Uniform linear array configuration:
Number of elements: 64
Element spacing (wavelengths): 0.75
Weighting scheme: uniform
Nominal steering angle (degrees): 15
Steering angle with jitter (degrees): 15.92
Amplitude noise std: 0.05
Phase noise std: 0.05

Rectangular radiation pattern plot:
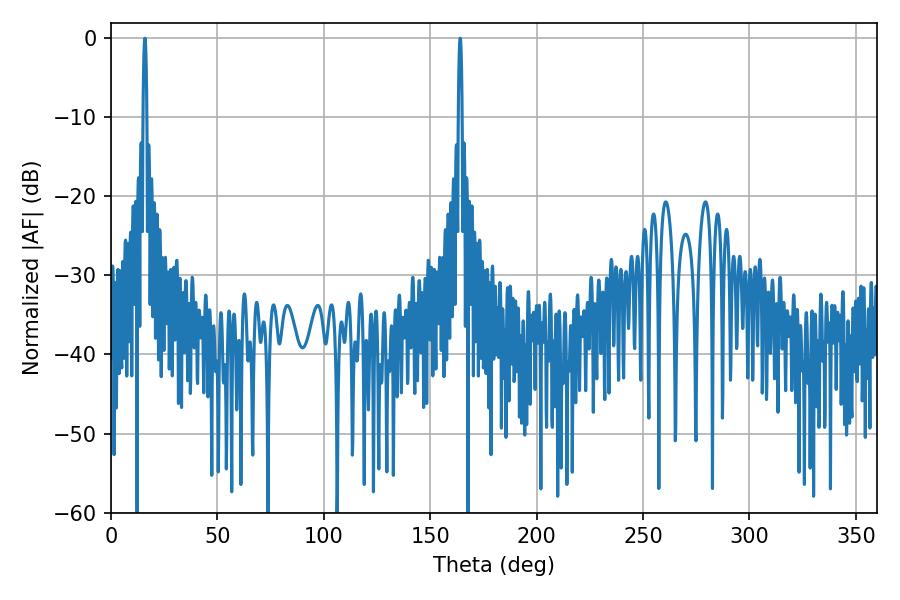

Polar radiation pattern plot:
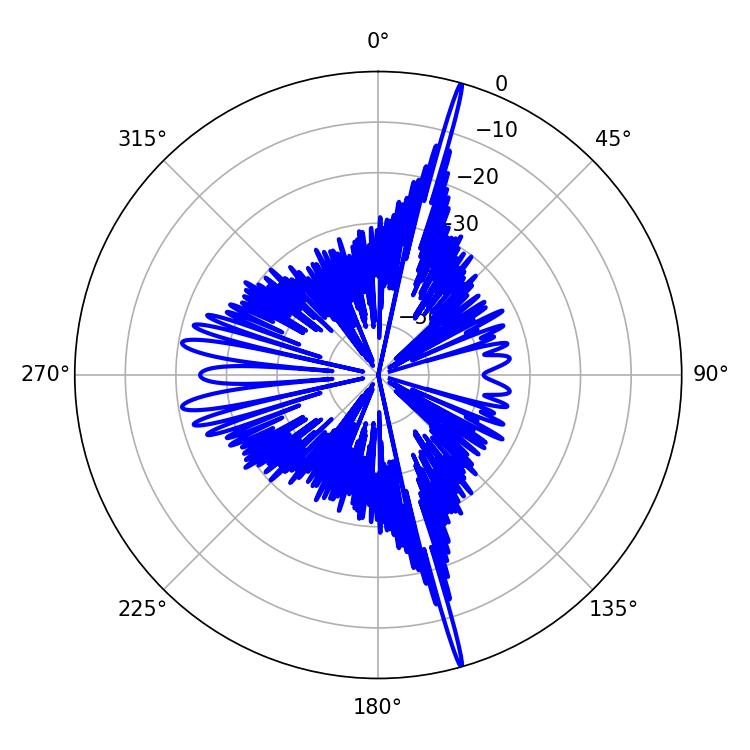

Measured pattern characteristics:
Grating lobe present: TRUE
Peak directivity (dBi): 23.138
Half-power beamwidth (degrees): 0.9
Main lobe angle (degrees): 15.84